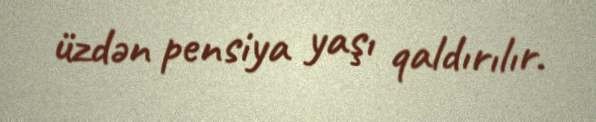
üzdən pensiya yaşı qaldırılır.